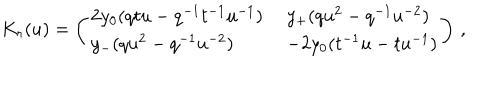
K _ { r } ( u ) = \left( \begin{array} { l l } { { 2 y _ { 0 } ( q t u - q ^ { - 1 } t ^ { - 1 } u ^ { - 1 } ) \; } } & { { y _ { + } ( q u ^ { 2 } - q ^ { - 1 } u ^ { - 2 } ) } } \\ { { y _ { - } ( q u ^ { 2 } - q ^ { - 1 } u ^ { - 2 } ) \; } } & { { - 2 y _ { 0 } ( t ^ { - 1 } u - t u ^ { - 1 } ) } } \\ \end{array} \right) \, ,